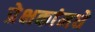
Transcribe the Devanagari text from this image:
प्रेक्षकांमधे